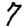
Digit: 7